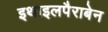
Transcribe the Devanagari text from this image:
इथाइलपैराबेन